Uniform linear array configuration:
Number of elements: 64
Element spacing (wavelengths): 0.5
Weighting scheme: uniform
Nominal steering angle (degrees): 45
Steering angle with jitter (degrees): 43.147
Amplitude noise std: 0.05
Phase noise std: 0.05

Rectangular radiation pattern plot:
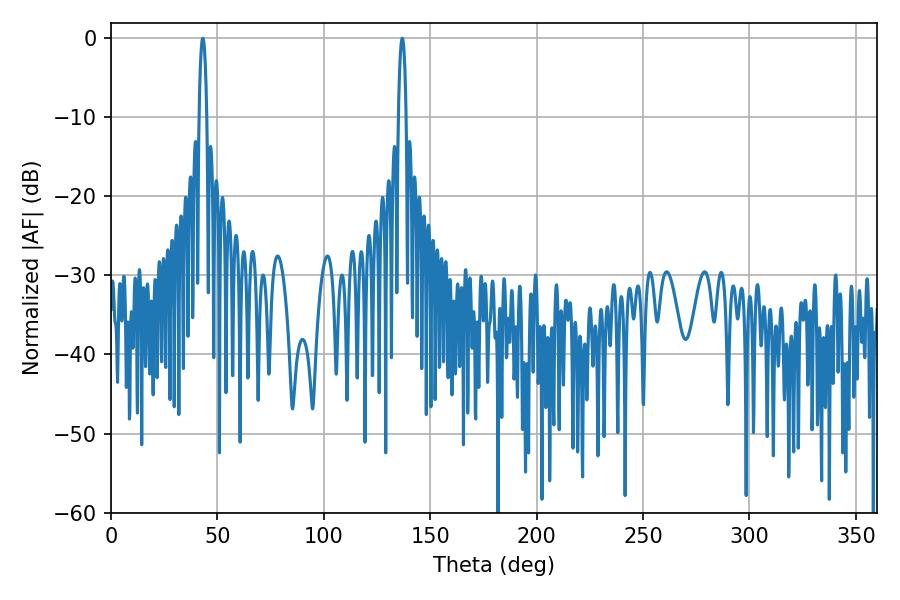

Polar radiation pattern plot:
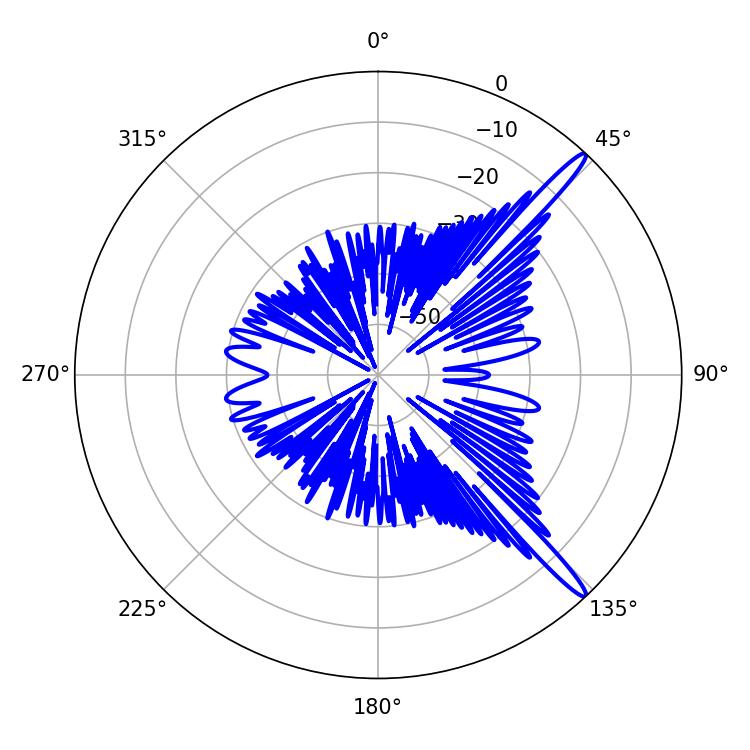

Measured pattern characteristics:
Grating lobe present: FALSE
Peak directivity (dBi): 15.374
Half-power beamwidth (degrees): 1.98
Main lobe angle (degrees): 136.8